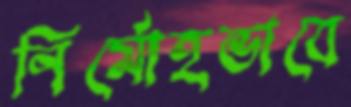
নির্মোহভাবে